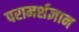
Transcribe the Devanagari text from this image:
परामर्शज्ञान